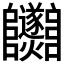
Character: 𨽵